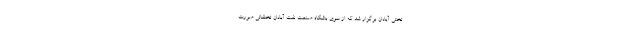
تختی آبادان برگزار شد که از سوی باشگاه صنعت نفت آبادان تخلفاتی صورت